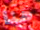
هنا